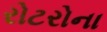
રોટરોના